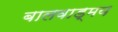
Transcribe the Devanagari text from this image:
बालवाड्मय